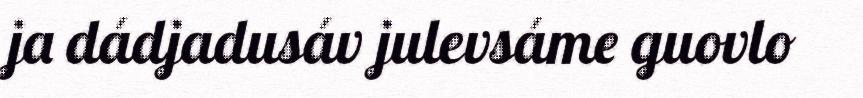
ja dádjadusáv julevsáme guovlo